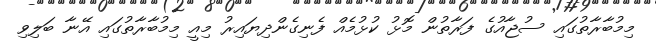
މިމުބާރާތުގައި ސުޖާއުގެ ފަރާތުން މޮޅު ކުޅުމެއް ފެނިގެންދިޔައިރު މިއީ މިމުބާރާތުގައި އޭނާ ބަލިވި